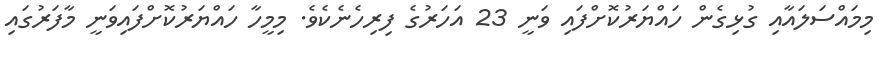
މިމައްސަލައާއި ގުޅިގެން ހައްޔަރުކޮށްފައި ވަނީ 23 އަަހަރުގެ ފިރިހެނެކެވެ. މިމީހާ ހައްޔަރުކޮށްފައިވަނީ މާފަރުގައި